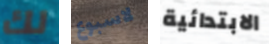
لك لاسبوع الابتدائية